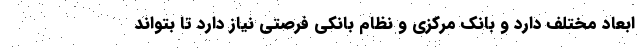
ابعاد مختلف دارد و بانک مرکزی و نظام بانکی فرصتی نیاز دارد تا بتواند